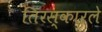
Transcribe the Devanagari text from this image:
तिरस्कारले